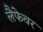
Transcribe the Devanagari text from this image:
लैफेवर